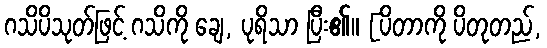
ဂသိပိသုတ်ဖြင့် ဂသိကို ချေ, ပုရိသာ ပြီး၏။ [ပိတာကို ပိတုတည်,